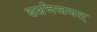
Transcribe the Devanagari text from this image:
दर्शनजगत्